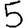
Digit: 5